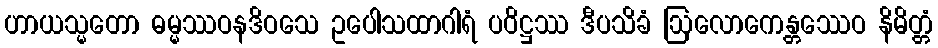
ဟာယသ္မတော ဓမ္မဿဝနဒိဝသေ ဥပေါသထာဂါရံ ပဝိဋ္ဌဿ ဒီပသိခံ ဩလောကေန္တဿေဝ နိမိတ္တံ